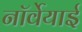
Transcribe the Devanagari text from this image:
नॉर्वेयाई